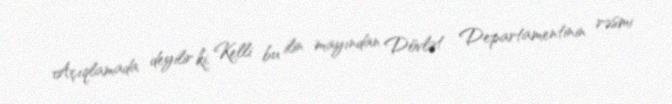
Açıqlamada deyilir ki, Kelli bu ilin mayından Dövlət Departamentinin rəsmi